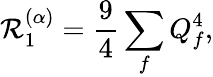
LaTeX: \mathcal{R}_{1}^{(\alpha)}=\frac{{9}}{{4}}\sum_{f}Q_{f}^{4},